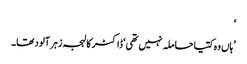
‘
’ہاں وہ کتیا حاملہ نہیں تھی‘ ڈاکٹر کا لہجہ زہر آلود تھا۔